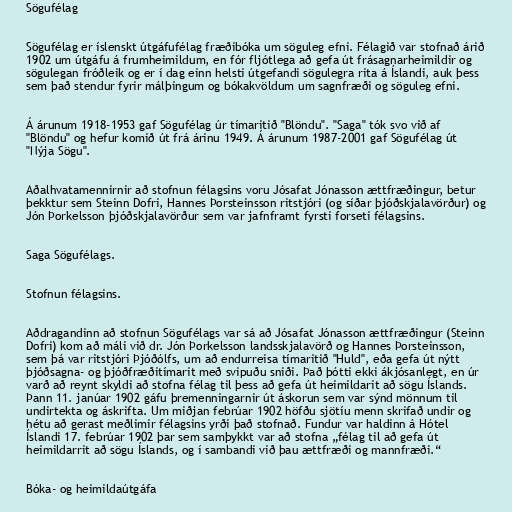
Sögufélag

Sögufélag er íslenskt útgáfufélag fræðibóka um söguleg efni. Félagið var stofnað árið
1902 um útgáfu á frumheimildum, en fór fljótlega að gefa út frásagnarheimildir og
sögulegan fróðleik og er í dag einn helsti útgefandi sögulegra rita á Íslandi, auk þess
sem það stendur fyrir málþingum og bókakvöldum um sagnfræði og söguleg efni.

Á árunum 1918-1953 gaf Sögufélag úr tímaritið "Blöndu". "Saga" tók svo við af
"Blöndu" og hefur komið út frá árinu 1949. Á árunum 1987-2001 gaf Sögufélag út
"Nýja Sögu".

Aðalhvatamennirnir að stofnun félagsins voru Jósafat Jónasson ættfræðingur, betur
þekktur sem Steinn Dofri, Hannes Þorsteinsson ritstjóri (og síðar þjóðskjalavörður) og
Jón Þorkelsson þjóðskjalavörður sem var jafnframt fyrsti forseti félagsins.

Saga Sögufélags.

Stofnun félagsins.

Aðdragandinn að stofnun Sögufélags var sá að Jósafat Jónasson ættfræðingur (Steinn
Dofri) kom að máli við dr. Jón Þorkelsson landsskjalavörð og Hannes Þorsteinsson,
sem þá var ritstjóri Þjóðólfs, um að endurreisa tímaritið "Huld", eða gefa út nýtt
þjóðsagna- og þjóðfræðitímarit með svipuðu sniði. Það þótti ekki ákjósanlegt, en úr
varð að reynt skyldi að stofna félag til þess að gefa út heimildarit að sögu Íslands.
Þann 11. janúar 1902 gáfu þremenningarnir út áskorun sem var sýnd mönnum til
undirtekta og áskrifta. Um miðjan febrúar 1902 höfðu sjötíu menn skrifað undir og
hétu að gerast meðlimir félagsins yrði það stofnað. Fundur var haldinn á Hótel
Íslandi 17. febrúar 1902 þar sem samþykkt var að stofna „félag til að gefa út
heimildarrit að sögu Íslands, og í sambandi við þau ættfræði og mannfræði.“

Bóka- og heimildaútgáfa